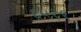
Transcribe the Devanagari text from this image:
६५१९